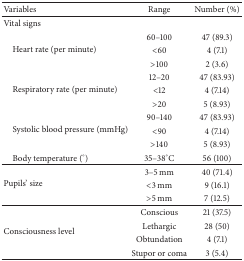
<table><thead><tr><td><b>Variables</b></td><td><b>Range</b></td><td><b>Number (%)</b></td></tr></thead><tbody><tr><td>Vital signs</td><td> </td><td> </td></tr><tr><td rowspan="3"> Heart rate (per minute)</td><td>60–100</td><td>47 (89.3)</td></tr><tr><td>&lt;60</td><td>4 (7.1)</td></tr><tr><td>&gt;100</td><td>2 (3.6)</td></tr><tr><td rowspan="3"> Respiratory rate (per minute)</td><td>12–20</td><td>47 (83.93)</td></tr><tr><td>&lt;12</td><td>4 (7.14)</td></tr><tr><td>&gt;20</td><td>5 (8.93)</td></tr><tr><td rowspan="3"> Systolic blood pressure (mmHg)</td><td>90–140</td><td>47 (83.93)</td></tr><tr><td>&lt;90</td><td>4 (7.14)</td></tr><tr><td>&gt;140</td><td>5 (8.93)</td></tr><tr><td> Body temperature (°)</td><td>35–38°C</td><td>56 (100)</td></tr><tr><td rowspan="3">Pupils&#x27; size</td><td>3–5 mm</td><td>40 (71.4)</td></tr><tr><td>&lt;3 mm</td><td>9 (16.1)</td></tr><tr><td>&gt;5 mm</td><td>7 (12.5)</td></tr><tr><td rowspan="4">Consciousness level</td><td>Conscious</td><td>21 (37.5)</td></tr><tr><td>Lethargic</td><td>28 (50)</td></tr><tr><td>Obtundation</td><td>4 (7.1)</td></tr><tr><td>Stupor or coma</td><td>3 (5.4)</td></tr></tbody></table>